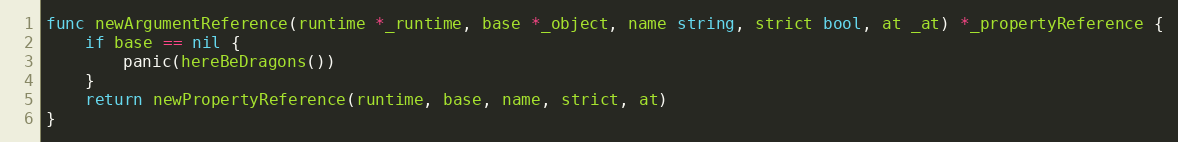
Language: Go
func newArgumentReference(runtime *_runtime, base *_object, name string, strict bool, at _at) *_propertyReference {
	if base == nil {
		panic(hereBeDragons())
	}
	return newPropertyReference(runtime, base, name, strict, at)
}